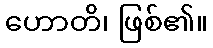
ဟောတိ၊ ဖြစ်၏။